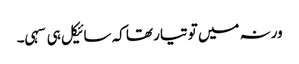
ورنہ میں تو تیار تھا کہ سائیکل ہی سہی۔